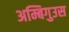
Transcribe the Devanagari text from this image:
अम्बिगुउस